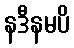
နဒီနမပိ